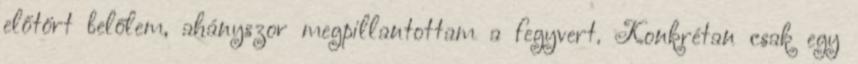
előtört belőlem, ahányszor megpillantottam a fegyvert. Konkrétan csak egy